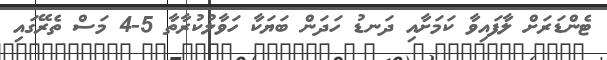
ޓެންޑަރަށް ލާފައިވާ ކަމަށާއި ދަނޑު ހަދަން ބަޔަކާ ހަވާލުކުރާތާ 5-4 މަސް ތެރޭގައި